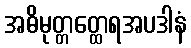
အဓိမုတ္တတ္ထေရအပဒါနံ